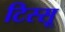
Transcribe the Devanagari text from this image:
टिस्सू